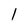
Character: 1